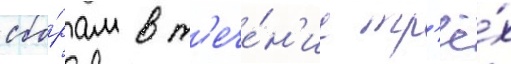
сбо́рам в т'ече́н'ие тр'ё́х